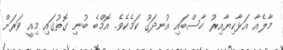
މާލެއާ އަޅާކިޔާއިރު ހާސްބައި އުނދަގޫ ކަމެކެވެ. އޮމްބެ ބުނި ގޮތުގައި މިއީ ވަރަށް